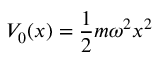
V _ { 0 } ( x ) = \frac { 1 } { 2 } m \omega ^ { 2 } x ^ { 2 }